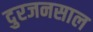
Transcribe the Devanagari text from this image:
दुरजनसाल